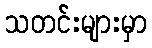
သတင်းများမှာ